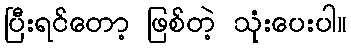
ပြီးရင်တော့ ဖြစ်တဲ့ သုံးပေးပါ။